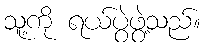
သူ့ကို ရယ်ပွဲဖွဲ့သည်။